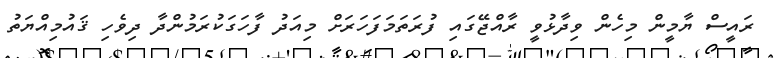
ރައީސް ޔާމީން މިހެން ވިދާޅުވީ ރާއްޖޭގައި ފުރަތަމަފަހަރަށް މިއަދު ފާހަގަކުރަމުންދާ ދިވެހި ޤައުމިއްޔަތު